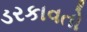
ડરકાવતો